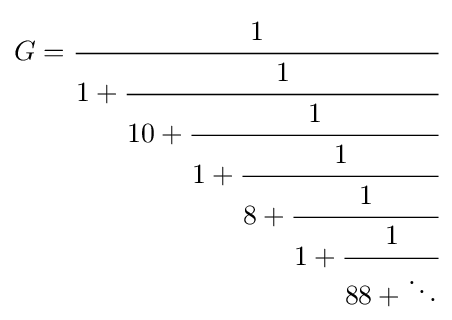
G={\cfrac {1}{1+{\cfrac {1}{10+{\cfrac {1}{1+{\cfrac {1}{8+{\cfrac {1}{1+{\cfrac {1}{88+\ddots }}}}}}}}}}}}